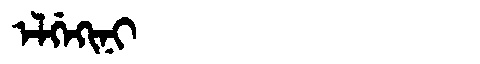
Manchu: ᡝᠯᡤᡝᡴᡳᠨᡳ
Romanization: ELGEKINI